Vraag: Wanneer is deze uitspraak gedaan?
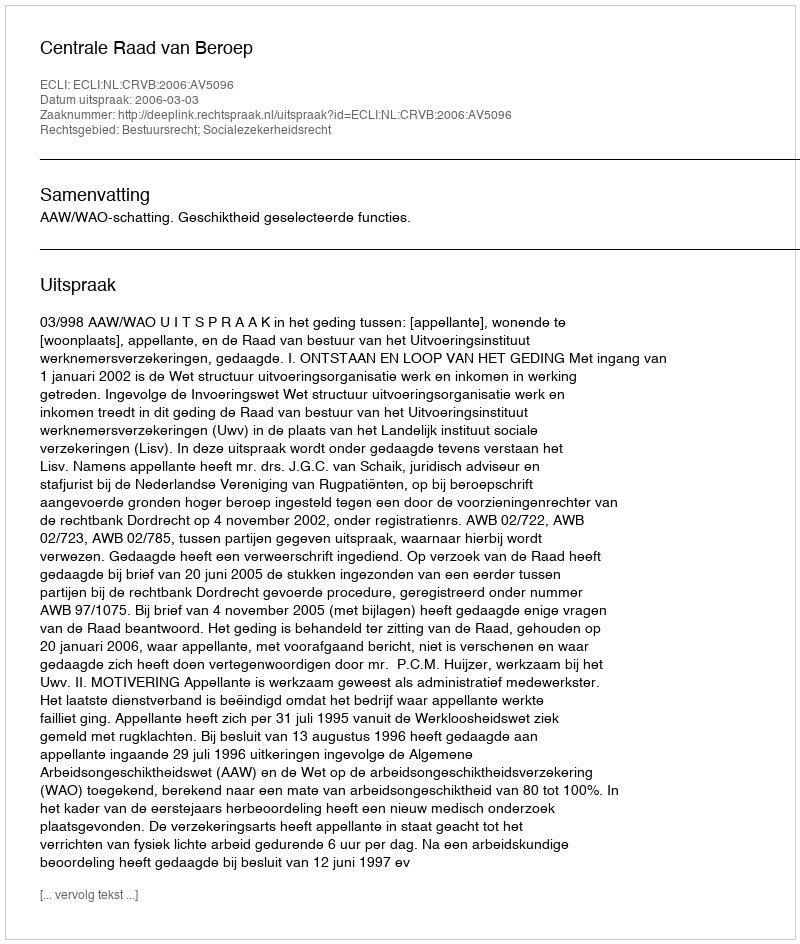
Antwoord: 2006-03-03